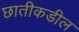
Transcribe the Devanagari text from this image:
छातीकडील